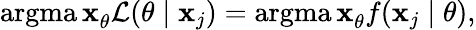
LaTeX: \operatorname{argma\mathbf{x}}_{\theta}{\mathcal{{L}}}(\theta\mid\mathbf{x}_{j})=\operatorname{argma\mathbf{x}}_{\theta}f(\mathbf{x}_{j}\mid\theta),